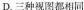
D.三种视图都相同